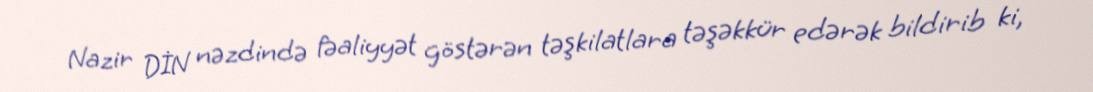
Nazir DİN nəzdində fəaliyyət göstərən təşkilatlara təşəkkür edərək bildirib ki,